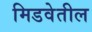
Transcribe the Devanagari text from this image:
मिडवेतील